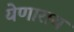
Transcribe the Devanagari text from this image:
येणाराय